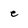
Character: e